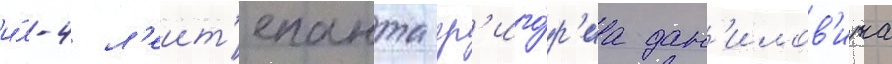
и́л-4 л'еит'енанта гр'иго́р'иа дан'илов'ича